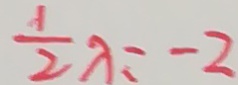
\frac { 1 } { 2 } \lambda = - 2